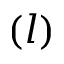
( l )